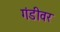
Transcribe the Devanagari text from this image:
गंडीवर